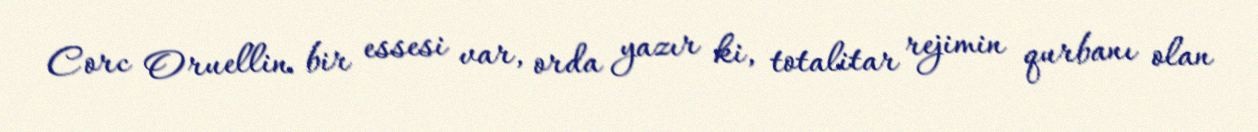
Corc Oruellin bir essesi var, orda yazır ki, totalitar rejimin qurbanı olan